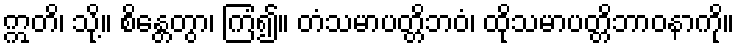
ဣတိ၊ သို့။ စိန္တေတွာ၊ ကြံ၍။ တံသမာပတ္တိဘဝံ၊ ထိုသမာပတ္တိဘာဝနာကို။